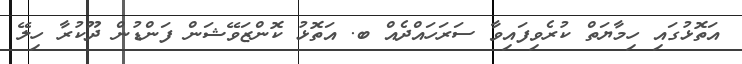
އަތޮޅުގައި ހިމާޔަތް ކުރެވިފައިވާ ސަރަހައްދެއް ބ. އަތޮޅު ކޮންޒަވޭޝަން ފަންޑުން ދޫކުރާ ހިލޭ